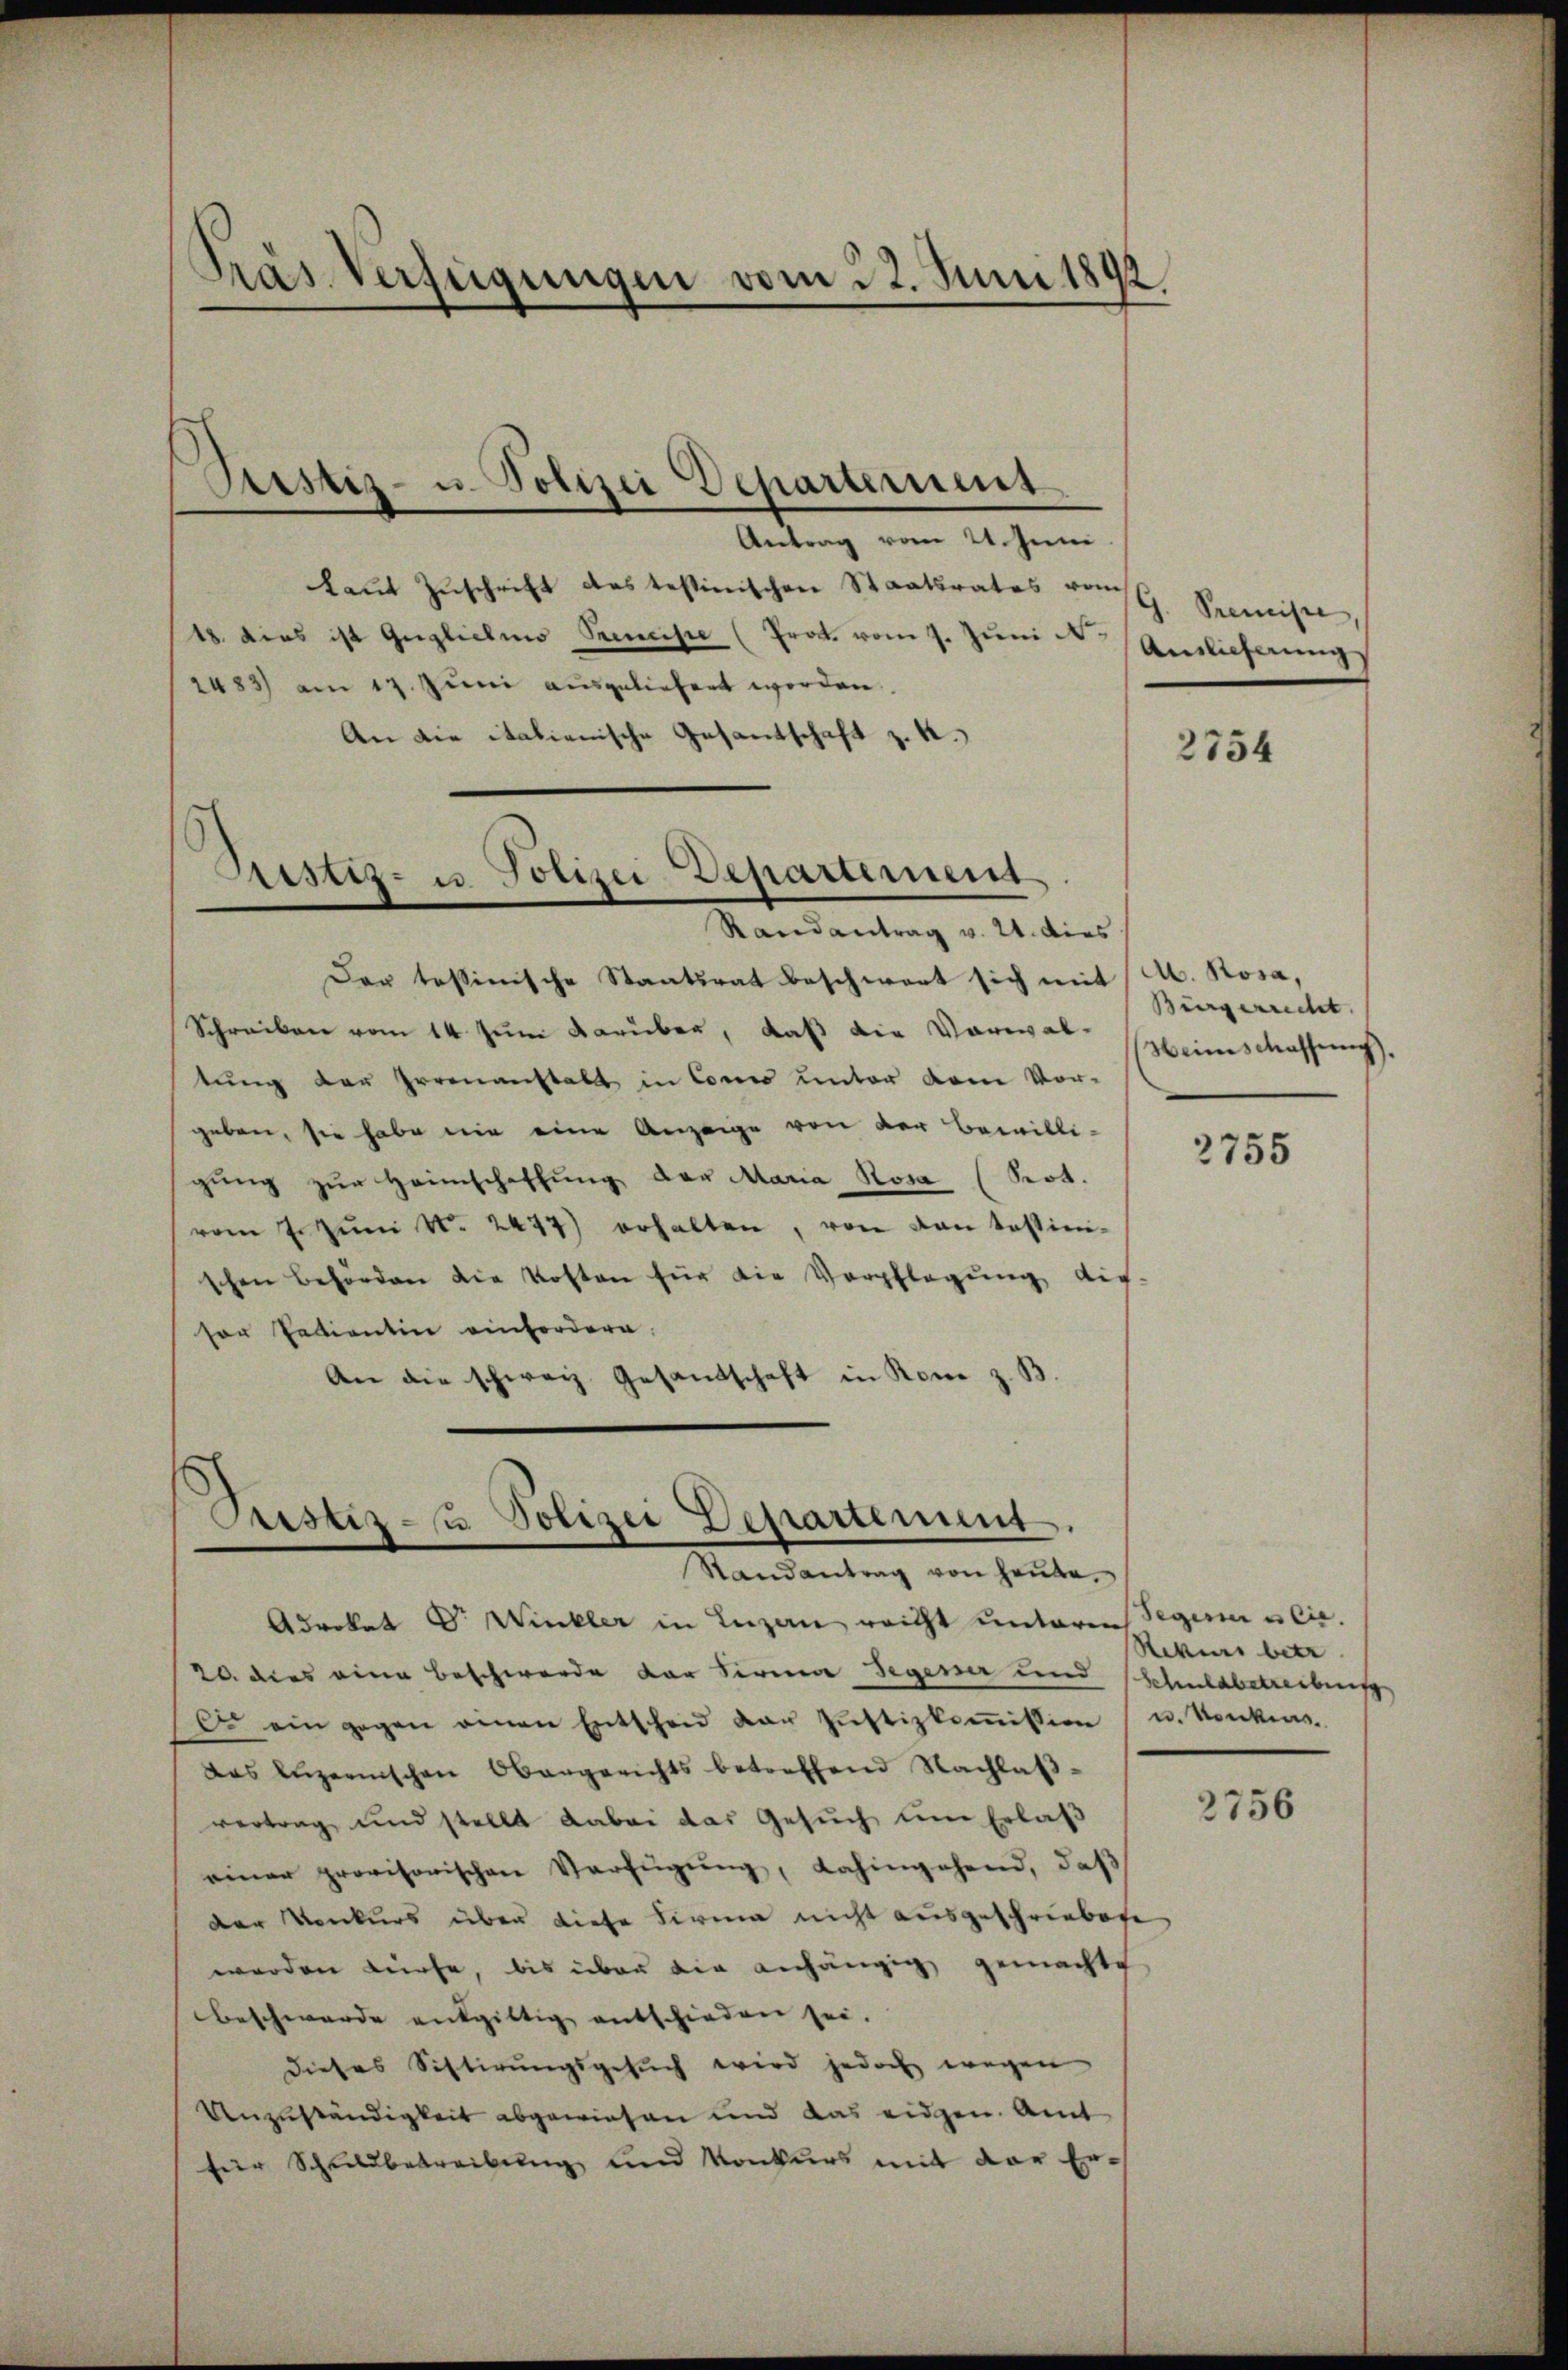
Pras Verfügungen vom 22. Juni 1892

Pristiz- u. Polizei Departement

Antrag vom 24. Juni
kaut Zuschrift des testinischen Staatsrates vom
18. dies ist Gugliche Prenisse (Prot. vom 7. Jŭni  Auslieferung
1483) am 17. Juni ausgeliefert werden.
An die italienische Gesantschaft z. R.

Justiz- u Polizei-Departement
Randantrag v. 24. dies

Der tessinische Staatsrat beschwert sich mit
Schreiben vom 14 zum darüber, daß die Vorwal-
tung der Irrenanstalt in Conco unter dem Vor-
geben, sie habe wir eine Anzeige von der Bewilli-
gung zur Heimschaffung der Maria Rosa (Prot.
vom 7. Jŭni N. 2477) erhalten, von von testim-
schen Behörden die Kosten für die Verpflegŭng die-
sor Patientin einfordern.
An die schweiz. Gesandschaft in Rom z. B.

Justiz- & Polizei Departement.
Randantrag von heŭte.

Advokat Dr. Wieckler in Luzern reicht unterer
20. dies eine Beschwerde der Firma Segener und
C. ein gegen einen Entscheid der Justizkoṁission
Das Luzernischen Obergerichts betreffend Nachlaßvertrag und stellt dabei das Gesŭch ŭm Erlaβ
einer provisorischen Verfügŭng, dahingehend, daß
der Konkurs über diese Firma nicht ausgeschriebete
werden würfe, bis über die anhängig gemachte
beschwerde entgültig entschieden sei.
dieses Sistirungsgesuch wird jedoch wegen
Unzuständigkeit abgewiesen und das eidgen. Amt
für Schuldbetreibung und Konkurs mit der Er-

G. Premise,

2754

Ab. Rosa,
Bürgerrecht.
Heimschassung,

2755

Aegerie e cir.
Rekurs betr
Schuldbetreibung
u. Konkurs.

2756